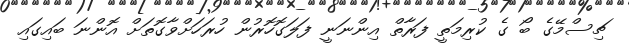
ޗިސްމޭގެ ބޯ ގެ ކުރިމަތީ ފަރާތް އިންނަނީ ފަލަގޮހޮރުން ހުރަހަށްވާގޮތަށް އޮންނަ ބައިގައި